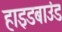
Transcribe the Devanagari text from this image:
हाइडबाउंड